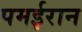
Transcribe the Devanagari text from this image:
पमईरान